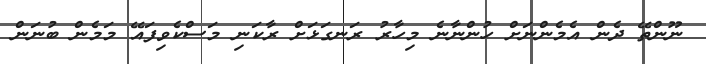
ނޫންތޭ ދެން އެމެންނަށް ހުންނާނެ މިހާރު ރަނގަޅަށް ރާކަނި މަސްކެވިފައޭ މަމެން ބުނަން